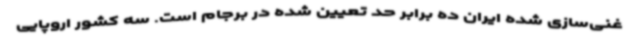
غنی‌سازی شده ایران ده برابر حد تعیین شده در برجام است. سه کشور اروپایی